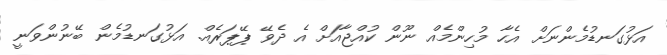
އަޅުގަނޑުމެންނަށް އެހާ މުހިންމެއް ނޫން ކުއްޖާއަށް އެ ދެވޭ ޕޭޕަރެއް. އަޅުގަނޑުމެން ބޭނުންވަނީ